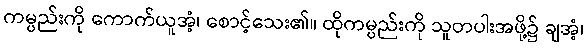
ကမ္ပည်းကို ကောက်ယူအံ့၊ စောင့်သေး၏။ ထိုကမ္ပည်းကို သူတပါးအဖို့၌ ချအံ့၊